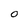
Character: 0